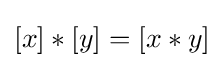
[x]\ast [y]=[x\ast y]